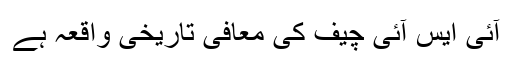
آئی ایس آئی چیف کی معافی تاریخی واقعہ ہے